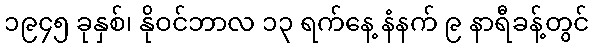
၁၉၄၅ ခုနှစ်၊ နိုဝင်ဘာလ ၁၃ ရက်နေ့ နံနက် ၉ နာရီခန့်တွင်